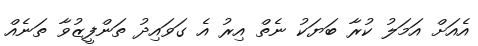
އެއަށް އަމަލު ކުރާ ބަޔަކު ނެތް އިރު އެ ގަވައިދު ތަންފީޒުވާ ތަނެއް